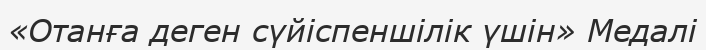
«Отанға деген сүйіспеншілік үшін» Медалі